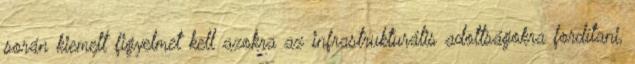
során kiemelt figyelmet kell azokra az infrastrukturális adottságokra fordítani,